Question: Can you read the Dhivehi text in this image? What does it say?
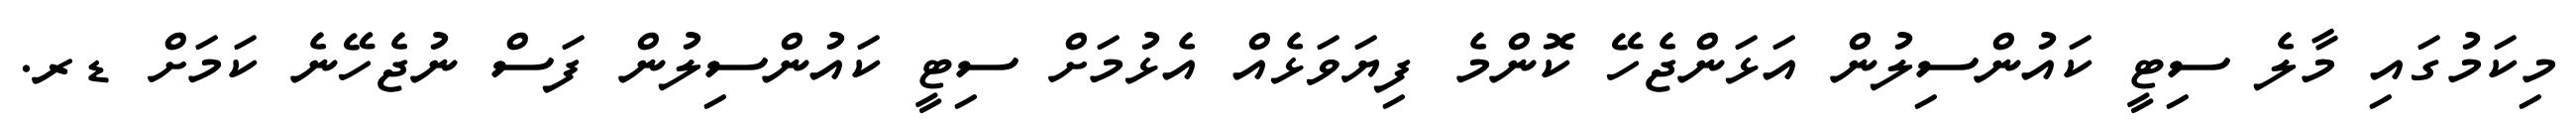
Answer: މިކަމުގައި މާލެ ސިޓީ ކައުންސިލުން އަޅަންޖެހޭ ކޮންމެ ފިޔަވަޅެއް އެޅުމަށް ސިޓީ ކައުންސިލުން ފަސް ނުޖެހޭނެ ކަމަށް ޑރ.